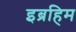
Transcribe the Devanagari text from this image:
इब्रहिम